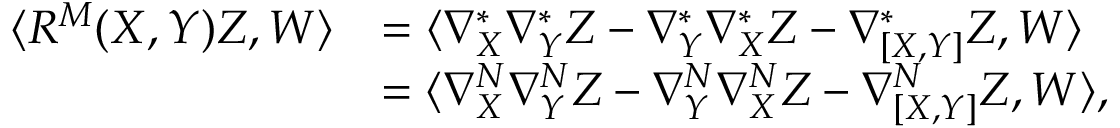
\begin{array} { r l } { \langle R ^ { M } ( X , Y ) Z , W \rangle } & { = \langle \nabla _ { X } ^ { * } \nabla _ { Y } ^ { * } Z - \nabla _ { Y } ^ { * } \nabla _ { X } ^ { * } Z - \nabla _ { [ X , Y ] } ^ { * } Z , W \rangle } \\ & { = \langle \nabla _ { X } ^ { N } \nabla _ { Y } ^ { N } Z - \nabla _ { Y } ^ { N } \nabla _ { X } ^ { N } Z - \nabla _ { [ X , Y ] } ^ { N } Z , W \rangle , } \end{array}